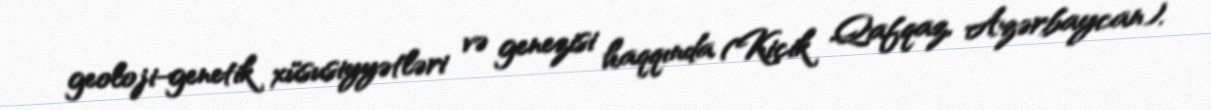
geoloji-genetik xüsusiyyətləri və genezisi haqqında (Kiçik Qafqaz, Azərbaycan).